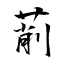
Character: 萷